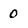
Character: 0